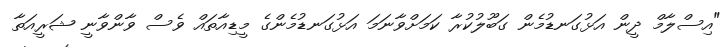
"އިސްލާމް ދީން އަޅުގަނޑުމެން ގަބޫލުކުރާ ކަމަށްވާނަމަ އަޅުގަނޑުމެންގެ މީޑިއާތައް ވެސް ވާންވާނީ ޝަރީއަތާ